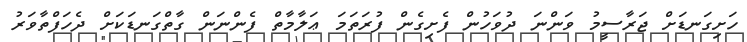
ހަށިގަނޑަށް ޖަރާސީމު ވަންނަ ދުވަހުން ފެށިގެން ފުރަތަމަ ޢަލާމާތް ފެންނަން ގާތްގަނޑަކަށް ދެހަފްތާވަރު